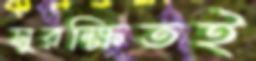
সুরক্ষিতই